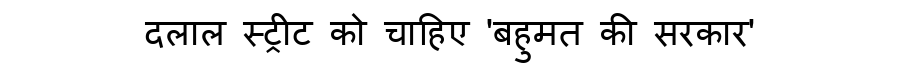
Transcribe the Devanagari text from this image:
दलाल स्ट्रीट को चाहिए 'बहुमत की सरकार'